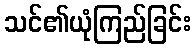
သင်၏ယုံကြည်ခြင်း